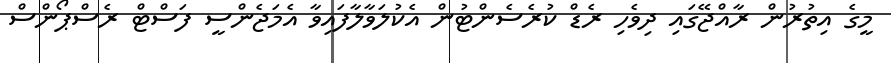
މީގެ އިތުރުން ރާއްޖޭގައި ދިވެހި ރެޑް ކުރެސެންޓުން އެކުލަވާލާފައިވާ އެމަޖެންސީ ފަސްޓް ރެސްޕޯންސް